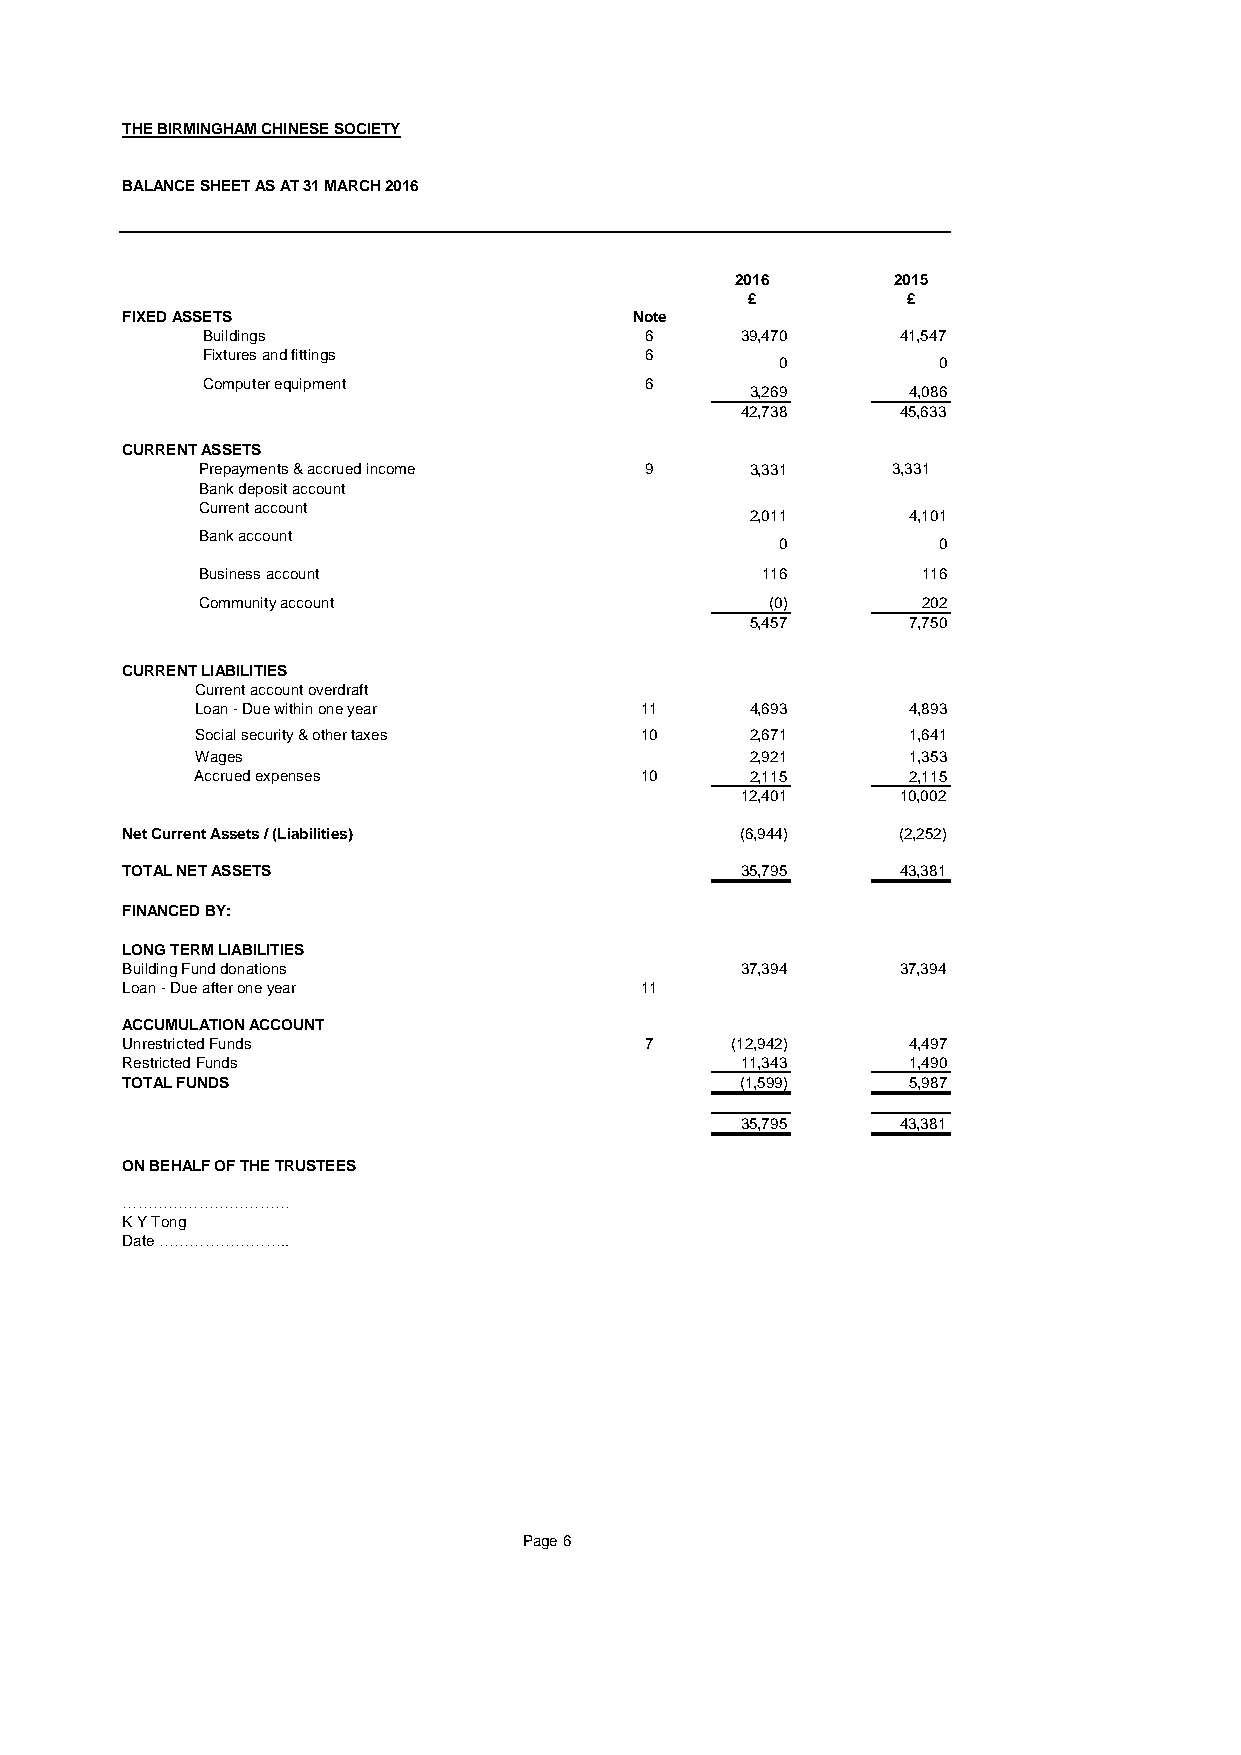
THE BIRMINGHAM CHINESE SOCIETY
 BALANCE SHEET AS AT 31 MARCH 2016
 2016      2015
 £          £
 FIXED ASSETS                      Note
 Buildings                     6     39,470     41,547
 Fixtures and fittings         6
 0         0
 Computer equipment            6
 3,269     4,086
 42,738     45,633
 CURRENT ASSETS
 Prepayments & accrued income  9      3,331    3,331
 Bank deposit account
 Current account
 2,011     4,101
 Bank account
 0         0
 Business account                     116        116
 Community account                     (0)       202
 5,457     7,750
 CURRENT LIABILITIES
 Current account overdraft
 Loan - Due within one year   11      4,693     4,893
 Social security & other taxes 10     2,671     1,641
 Wages                                2,921     1,353
 Accrued expenses             10      2,115     2,115
 12,401     10,002
 Net Current Assets / (Liabilities)       (6,944)   (2,252)
 TOTAL NET ASSETS                         35,795     43,381
 FINANCED BY:
 LONG TERM LIABILITIES
 Building Fund donations                  37,394     37,394
 Loan - Due after one year         11
 ACCUMULATION ACCOUNT
 Unrestricted Funds                 7    (12,942)    4,497
 Restricted Funds                         11,343     1,490
 TOTAL FUNDS                              (1,599)    5,987
 35,795     43,381
 ON BEHALF OF THE TRUSTEES
 ……………………………
 K Y Tong
 Date ……………………..
 Page 6